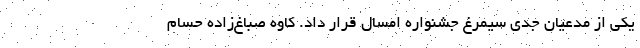
یکی از مدعیان جدی سیمرغ جشنواره امسال قرار داد. کاوه صباغ‌زاده حسام